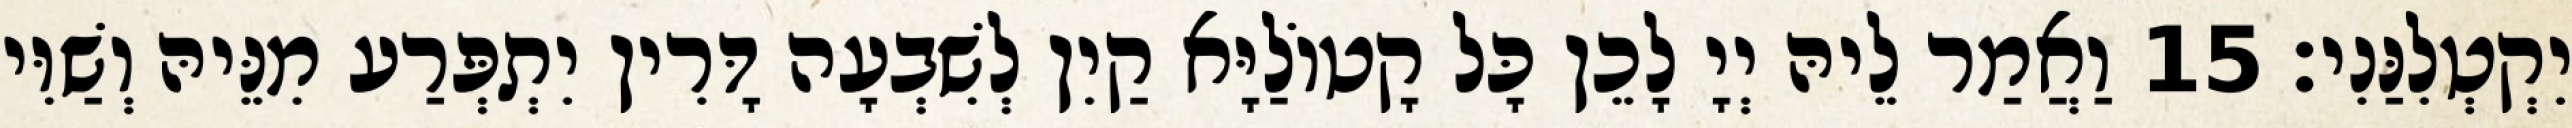
יִקְטְלִנַּנִי׃ 15 וַאֲמַר לֵיהּ יְיָ לָכֵן כָּל קָטוֹלַיָּא קַיִן לְשִׁבְעָה דָּרִין יִתְפְּרַע מִנֵּיהּ וְשַׁוִּי